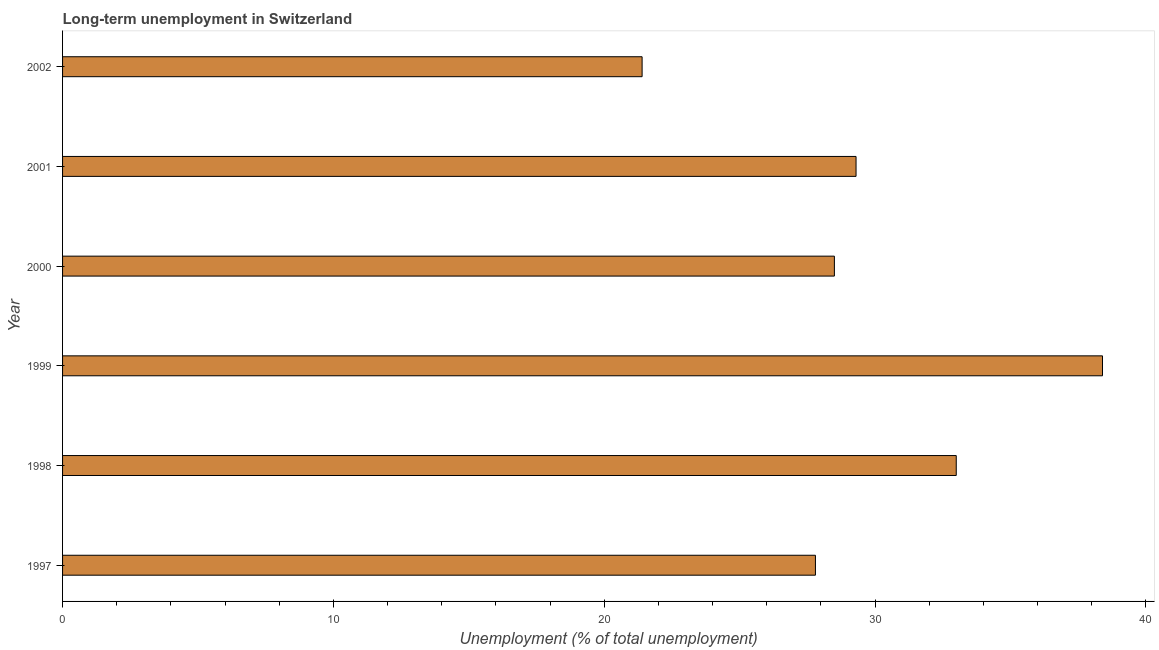
| Year | Long-term unemployment  |
 | --- | --- |
 | 1997 | 27.8 |
 | 1998 | 33 |
 | 1999 | 38.4 |
 | 2000 | 28.5 |
 | 2001 | 29.3 |
 | 2002 | 21.4 |